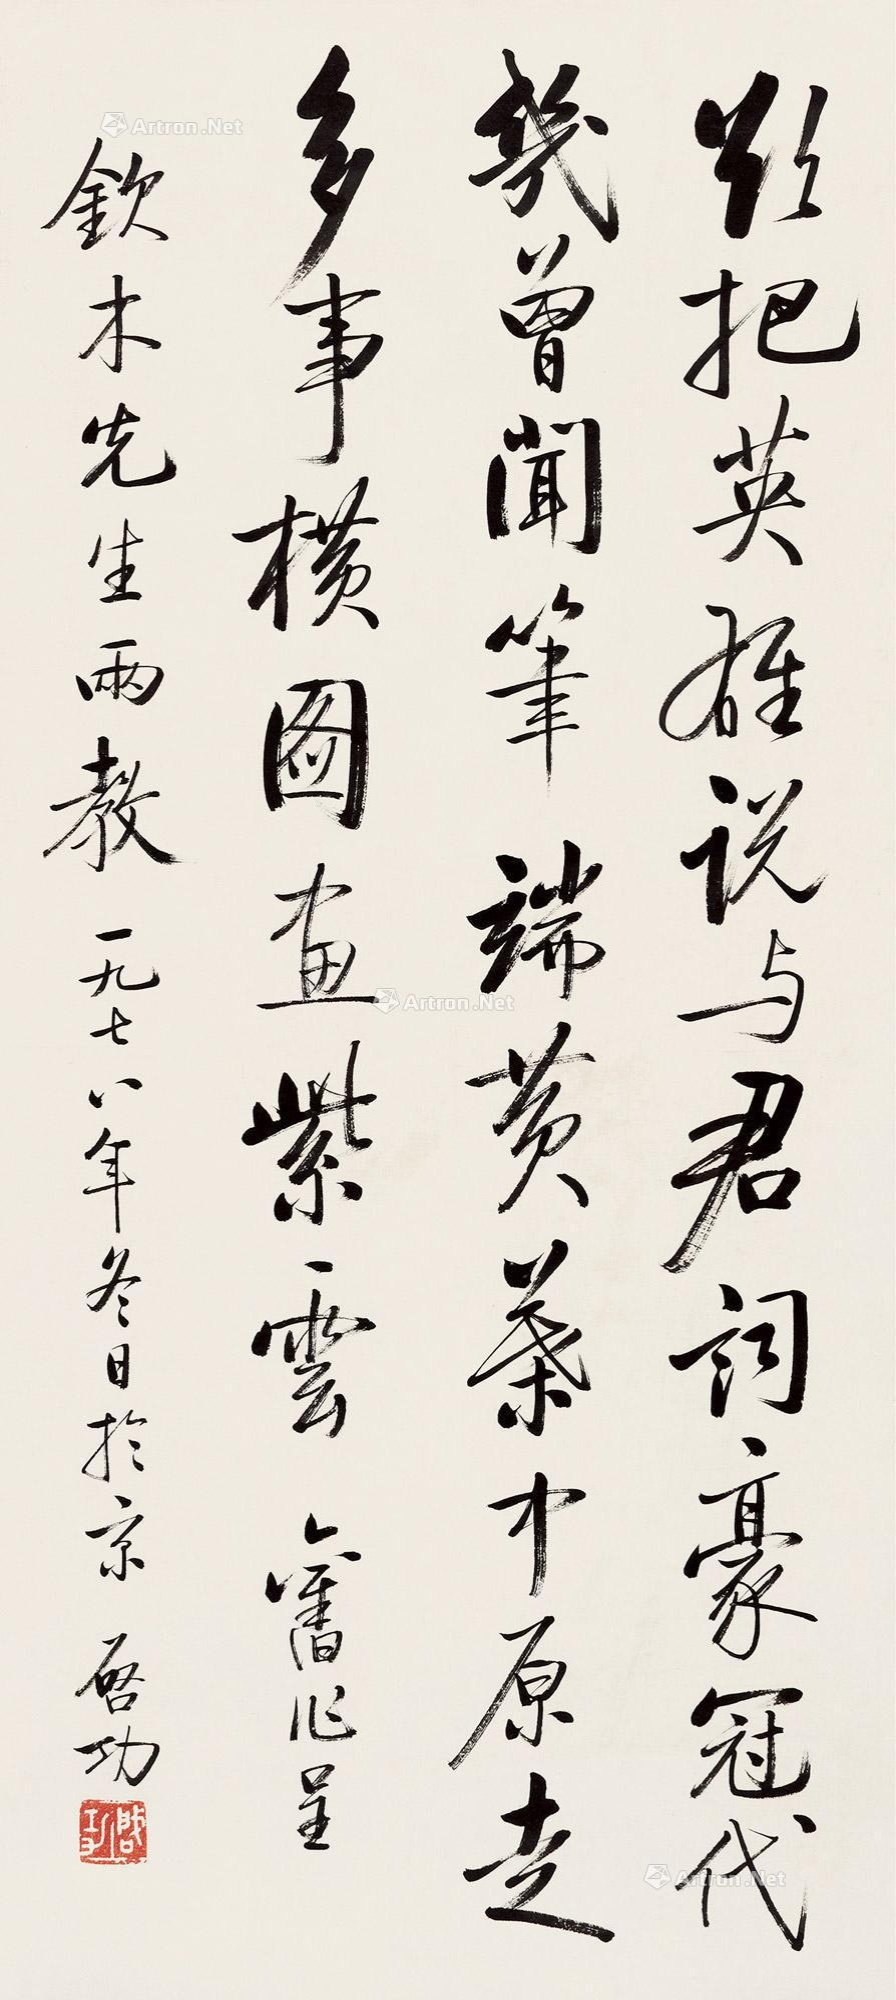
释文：欲把英雄说与君，词豪冠代几曾闻。笔端黄叶中原走，多事横图画紫云。旧作呈钦木先生两教，一九七八年冬日于京，启功。